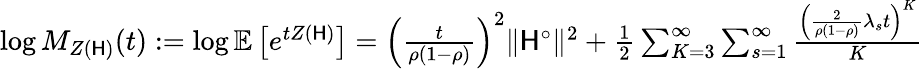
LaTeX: \begin{array}{r}{\log M_{Z(\mathsf{H})}(t):=\log\mathbb{E}\left[e^{tZ(\mathsf{H})}\right]=\left(\frac{t}{\rho(1-\rho)}\right)^{2}\| \mathsf{H}^{\circ}\| ^{2}+\frac{1}{2}\sum_{K=3}^{\infty}\sum_{s=1}^{\infty}\frac{\left(\frac{2}{\rho(1-\rho)}\lambda_{s}t\right)^{K}}{K}}\end{array}